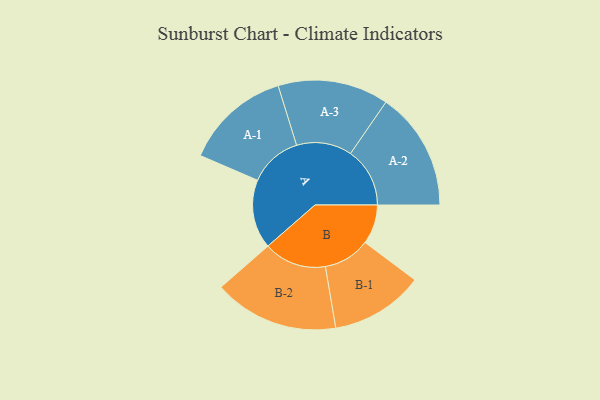
{"axis": {"x": "Segment", "y": "Value"}, "legend": ["", "A", "B"], "data": [{"x": "A", "y": 315, "type": ""}, {"x": "B", "y": 180, "type": ""}, {"x": "A-1", "y": 242, "type": "A"}, {"x": "A-2", "y": 271, "type": "A"}, {"x": "A-3", "y": 253, "type": "A"}, {"x": "B-1", "y": 213, "type": "B"}, {"x": "B-2", "y": 286, "type": "B"}]}